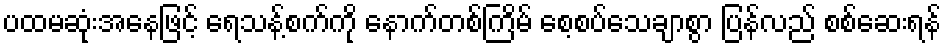
ပထမဆုံးအနေဖြင့် ရေသန့်စက်ကို နောက်တစ်ကြိမ် စေ့စပ်သေချာစွာ ပြန်လည် စစ်ဆေးရန်